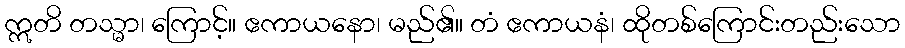
ဣတိ တသ္မာ၊ ကြောင့်။ ဧကာယနော၊ မည်၏။ တံ ဧကာယနံ၊ ထိုတစ်ကြောင်းတည်းသော